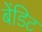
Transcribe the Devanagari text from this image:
बेंडिट